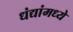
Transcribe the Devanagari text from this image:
धंद्यांमध्ये